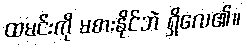
ထမင်းကို မစားနိုင်ဘဲ ရှိလေ၏။